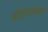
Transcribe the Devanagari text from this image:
संकेतस्थळची